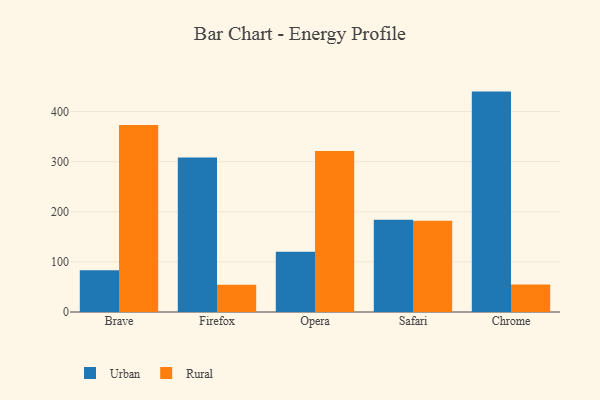
{"axis": {"x": "Browser", "y": "Humidity (%)"}, "legend": ["Rural", "Urban"], "data": [{"x": "Brave", "y": 83.1, "type": "Urban"}, {"x": "Brave", "y": 373.4, "type": "Rural"}, {"x": "Firefox", "y": 308.2, "type": "Urban"}, {"x": "Firefox", "y": 54.4, "type": "Rural"}, {"x": "Opera", "y": 120.5, "type": "Urban"}, {"x": "Opera", "y": 321.5, "type": "Rural"}, {"x": "Safari", "y": 184.2, "type": "Urban"}, {"x": "Safari", "y": 182.0, "type": "Rural"}, {"x": "Chrome", "y": 439.9, "type": "Urban"}, {"x": "Chrome", "y": 54.9, "type": "Rural"}]}